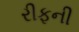
રીફની